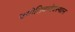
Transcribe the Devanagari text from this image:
ज्योतिबादेवस्थान